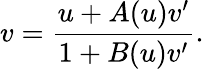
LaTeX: v=\frac{u+A(u)v^{\prime}}{1+B(u)v^{\prime}}.